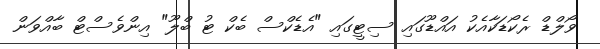
ވޯލްޑް ރެކޯޑަކާއެކު އައްޑޫގައި ސިޓީގައި "އެޑެކްސް ބެކް ޓު ބްލޫ" އިންވެސްޓް ބާއްވަން